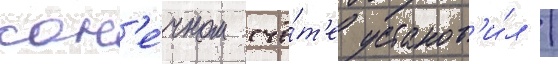
кон'е́чном счё́т'е установ'и́л /